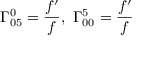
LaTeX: \Gamma _ { 0 5 } ^ { 0 } = \frac { f ^ { \prime } } { f } , \ \Gamma _ { 0 0 } ^ { 5 } = \frac { f ^ { \prime } } { f }